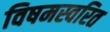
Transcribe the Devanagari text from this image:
विषमस्वरित